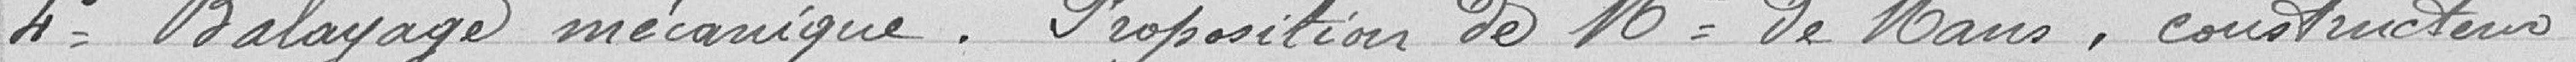
4° Balayage mécanique . Proposition de Monsieur De Mans, constructeur.